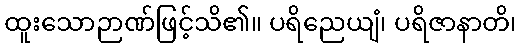
ထူးသောဉာဏ်ဖြင့်သိ၏။ ပရိညေယျံ၊ ပရိဇာနာတိ၊